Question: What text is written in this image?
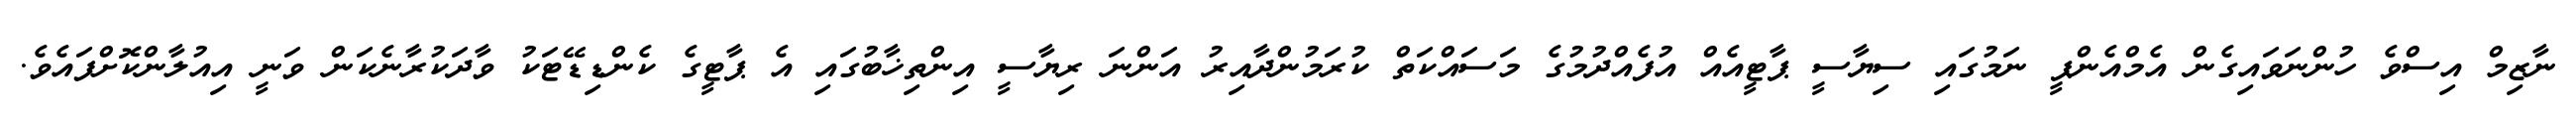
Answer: ނާޒިމް އިސްވެ ހުންނަވައިގެން އެމްއެންޕީ ނަމުގައި ސިޔާސީ ޕާޓީއެއް އުފެއްދުމުގެ މަސައްކަތް ކުރަމުންދާއިރު އަންނަ ރިޔާސީ އިންތިޚާބުގައި އެ ޕާޓީގެ ކެންޑިޑޭޓަކު ވާދަކުރާނެކަން ވަނީ އިއުލާންކޮށްފައެވެ.